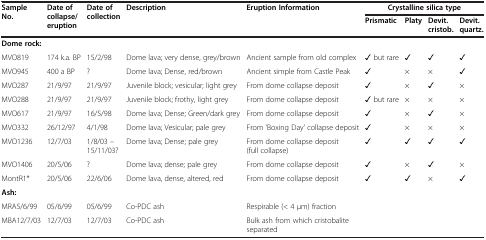
| <ROWSPAN=2> Sample No. | <ROWSPAN=2> Date of collapse/eruption | <ROWSPAN=2> Date of collection | <ROWSPAN=2> Description | <ROWSPAN=2> Eruption Information | <COLSPAN=4> Crystalline silica type |
 | Prismatic | Platy | Devit. cristob. | Devit. quartz. |
 | --- | --- | --- | --- | --- | --- | --- | --- | --- |
 | <COLSPAN=9> Dome rock: |
 | MVO819 | 174 k.a. BP | 15/2/98 | Dome lava; very dense, grey/brown | Ancient sample from old complex | ✓ but rare | ✓ | ✓ | ✓ |
 | MVO945 | 400 a BP | ? | Dome lava; Dense, red/brown | Ancient simple from Castle Peak | ✓ | × | × | ✓ |
 | MVO287 | 21/9/97 | 21/9/97 | Juvenile block; vesicular; light grey | From dome collapse deposit | ✓ | × | ✓ | × |
 | MVO288 | 21/9/97 | 21/9/97 | Juvenile block; frothy, light grey | From dome collapse deposit | ✓ but rare | × | × | × |
 | MVO617 | 21/9/97 | 16/5/98 | Dome lava; Dense; Green/dark grey | From dome collapse deposit | ✓ | × | ✓ | × |
 | MVO332 | 26/12/97 | 4/1/98 | Dome lava; Vesicular; pale grey | From 'Boxing Day' collapse deposit | ✓ | × | × | × |
 | MVO1236 | 12/7/03 | 1/8/03 – 15/11/03? | Dome lava; Dense; pale grey | From dome collapse deposit (full collapse) | ✓ | ✓ | ✓ | ✓ |
 | MVO1406 | 20/5/06 | ? | Dome lava; dense; pale grey | From dome collapse deposit | ✓ | × | ✓ | × |
 | MontR1* | 20/5/06 | 22/6/06 | Dome lava, dense, altered, red | From dome collapse deposit | ✓ | ✓ | × | ✓ |
 | <COLSPAN=9> Ash: |
 | MRA5/6/99 | 05/6/99 | 05/6/99 | Co-PDC ash | Respirable (< 4 μm) fraction | <COLSPAN=4>  |
 | MBA12/7/03 | 12/7/03 | 12/7/03 | Co-PDC ash | Bulk ash from which cristobalite separated | <COLSPAN=4>  |